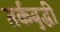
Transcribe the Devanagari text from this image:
तर्कबुद्धी